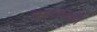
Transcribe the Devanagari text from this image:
तुम्हांपैकी